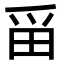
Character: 𪽋